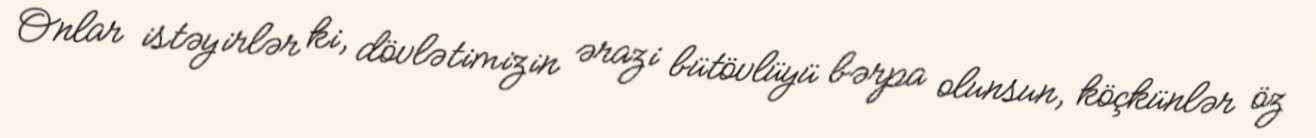
Onlar istəyirlər ki, dövlətimizin ərazi bütövlüyü bərpa olunsun, köçkünlər öz